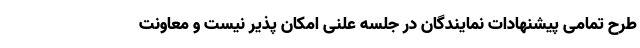
طرح تمامی پیشنهادات نمایندگان در جلسه علنی امکان پذیر نیست و معاونت